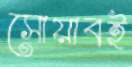
সোয়াবই